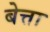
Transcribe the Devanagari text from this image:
बेत्ता